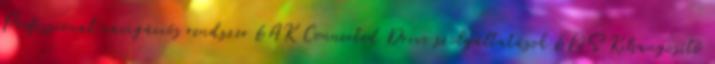
Professional navigációs rendszer 6AK Connected Drive szolgáltatások 6NS Kihangosító